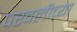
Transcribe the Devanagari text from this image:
परवलीच्या